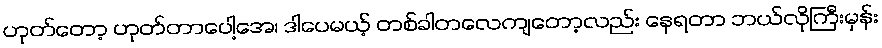
ဟုတ်တော့ ဟုတ်တာပေါ့အေ၊ ဒါပေမယ့် တစ်ခါတလေကျတော့လည်း နေရတာ ဘယ်လိုကြီးမှန်း